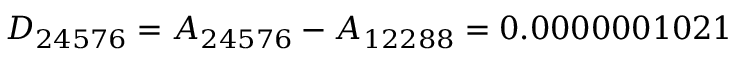
D _ { 2 4 5 7 6 } = A _ { 2 4 5 7 6 } - A _ { 1 2 2 8 8 } = 0 . 0 0 0 0 0 0 1 0 2 1